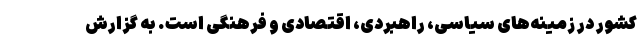
کشور در زمینه‌های سیاسی، راهبردی، اقتصادی و فرهنگی است. به گزارش